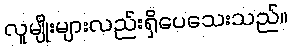
လူမျိုးများလည်းရှိပေသေးသည်။